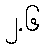
၂.၆